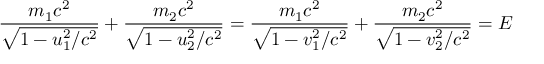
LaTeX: { \frac { m _ { 1 } c ^ { 2 } } { \sqrt { 1 - u _ { 1 } ^ { 2 } / c ^ { 2 } } } } + { \frac { m _ { 2 } c ^ { 2 } } { \sqrt { 1 - u _ { 2 } ^ { 2 } / c ^ { 2 } } } } = { \frac { m _ { 1 } c ^ { 2 } } { \sqrt { 1 - v _ { 1 } ^ { 2 } / c ^ { 2 } } } } + { \frac { m _ { 2 } c ^ { 2 } } { \sqrt { 1 - v _ { 2 } ^ { 2 } / c ^ { 2 } } } } = E